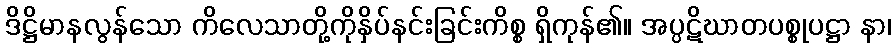
ဒိဋ္ဌိမာနလွန်သော ကိလေသာတို့ကိုနှိပ်နင်းခြင်းကိစ္စ ရှိကုန်၏။ အပ္ပဋိဃာတပစ္စုပဋ္ဌာ နာ၊